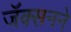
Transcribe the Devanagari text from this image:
जॅक्सनने